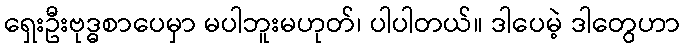
ရှေးဦးဗုဒ္ဓစာပေမှာ မပါဘူးမဟုတ်၊ ပါပါတယ်။ ဒါပေမဲ့ ဒါတွေဟာ